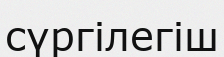
сүргілегіш